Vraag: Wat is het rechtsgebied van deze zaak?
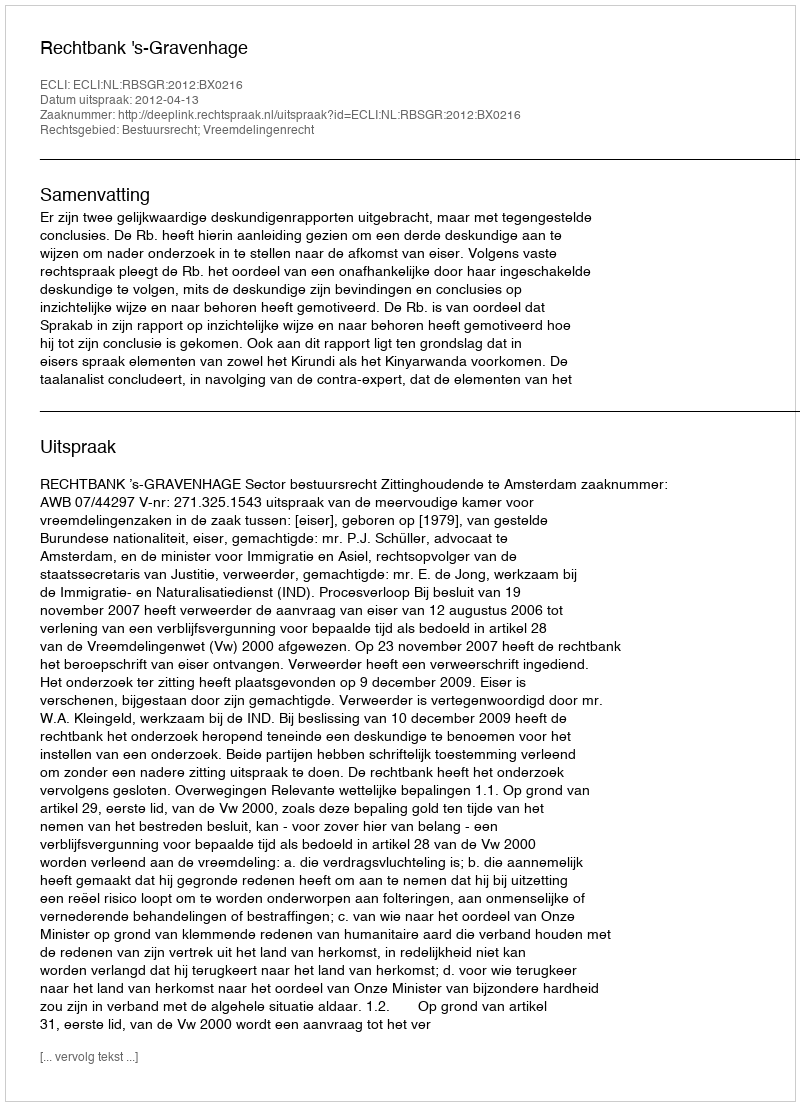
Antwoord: Bestuursrecht; Vreemdelingenrecht